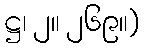
ဋ္ဌ၊ ၂။ ၂၆၉။)